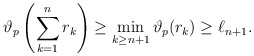
\begin{align*}\vartheta_p\left(\sum_{k = 1}^{n} r_k\right) \geq \min_{k \geq n + 1} \vartheta_p(r_k) \geq \ell_{n + 1} .\end{align*}